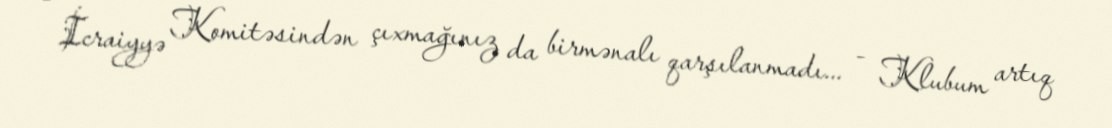
- İcraiyyə Komitəsindən çıxmağınız da birmənalı qarşılanmadı... - Klubum artıq